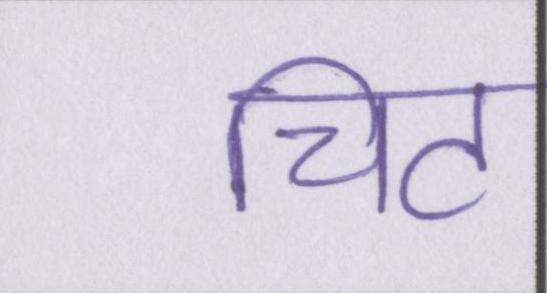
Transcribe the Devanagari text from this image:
चिट